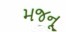
મજનૂ